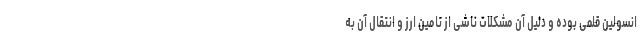
انسولین قلمی بوده و دلیل آن مشکلات ناشی از تامین ارز و انتقال آن به